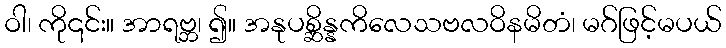
ဝါ၊ ကို၎င်း။ အာရဗ္ဘ၊ ၍။ အနုပစ္ဆိန္နကိလေသဗလဝိနမိတံ၊ မဂ်ဖြင့်မပယ်